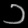
Digit: ၁